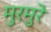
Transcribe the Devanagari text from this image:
मुरमुरे